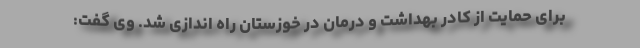
برای حمایت از کادر بهداشت و درمان در خوزستان راه اندازی شد. وی گفت: